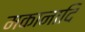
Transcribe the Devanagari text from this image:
मकानादि